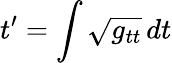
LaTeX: t^{\prime}=\int\sqrt{g_{tt}}\, dt